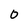
Character: 0